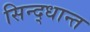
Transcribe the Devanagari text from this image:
सिन्द्धान्त